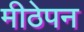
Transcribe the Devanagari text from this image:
मीठेपन